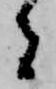
者